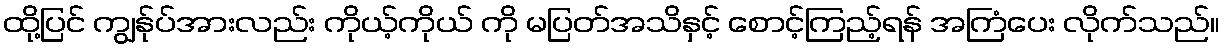
ထို့ပြင် ကျွန်ုပ်အားလည်း ကိုယ့်ကိုယ် ကို မပြတ်အသိနှင့် စောင့်ကြည့်ရန် အကြံပေး လိုက်သည်။